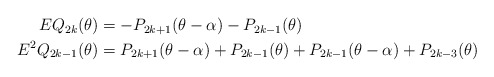
\begin{align*}\begin{aligned}E Q_{2 k}(\theta) &=-P_{2 k+1}(\theta- \alpha)-P_{2 k-1}(\theta) \\E^{2} Q_{2 k-1}(\theta) &=P_{2 k+1}(\theta- \alpha)+P_{2 k-1}(\theta)+P_{2 k-1}(\theta- \alpha)+P_{2 k-3}(\theta)\end{aligned}\end{align*}